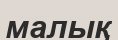
малық